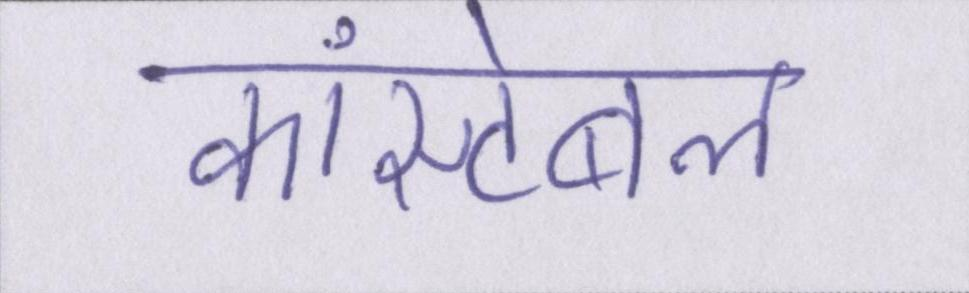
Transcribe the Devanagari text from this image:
कांस्टेबल